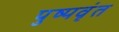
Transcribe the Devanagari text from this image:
पुष्पवृंत